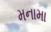
મનામા